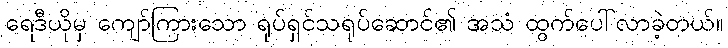
ရေဒီယိုမှ ကျော်ကြားသော ရုပ်ရှင်သရုပ်ဆောင်၏ အသံ ထွက်ပေါ်လာခဲ့တယ်။